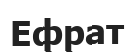
Ефрат